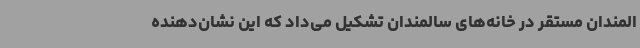
المندان مستقر در خانه‌های سالمندان تشکیل می‌داد که این نشان‌دهنده